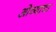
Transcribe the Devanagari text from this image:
ओव्याचा